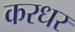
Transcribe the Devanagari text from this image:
करधर